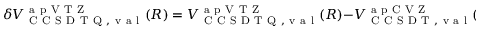
\delta V _ { \mathrm { ~ C ~ C ~ S ~ D ~ T ~ Q ~ , ~ v ~ a ~ l ~ } } ^ { \mathrm { ~ a ~ p ~ V ~ T ~ Z ~ } } ( R ) = V _ { \mathrm { ~ C ~ C ~ S ~ D ~ T ~ Q ~ , ~ v ~ a ~ l ~ } } ^ { \mathrm { ~ a ~ p ~ V ~ T ~ Z ~ } } ( R ) - V _ { \mathrm { ~ C ~ C ~ S ~ D ~ T ~ , ~ v ~ a ~ l ~ } } ^ { \mathrm { ~ a ~ p ~ C ~ V ~ Z ~ } } ( R ) \, ,